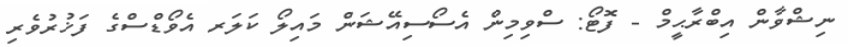
ނިޝްވާން އިބްރާޙީމް - ފޮޓޯ: ސްވިމިން އެސޯސިއޭޝަން މައިލޯ ކަލަރ އެވޯޑްސްގެ ފަޚުރުވެރި